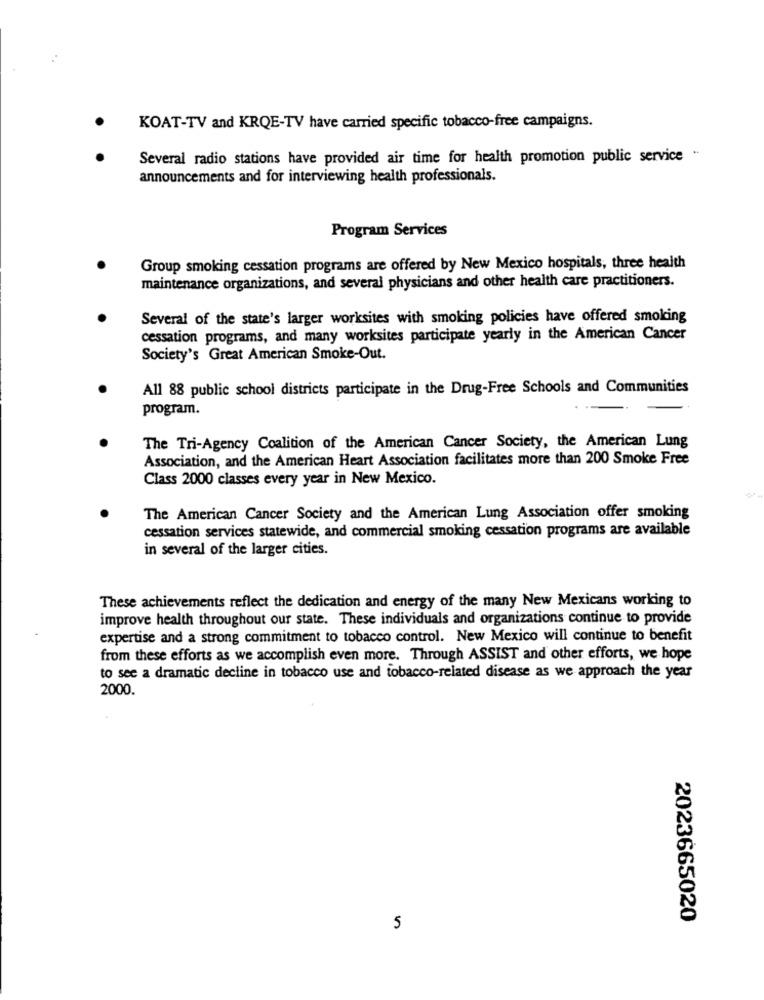
KOAT-TV and KRQE-TV have carried specific tobacco-free campaigns.
Several radio stations have provided air time for health promotion public service "
announcements and for interviewing health professionals.
Program Services
Group smoking cessation programs are offered by New Mexico hospitals, three health
maintenance organizations, and several physicians and other health care practitioners.
Several of the state's larger worksites with smoking policies have offered smoking
cessation programs, and many worksites participate yearly in the American Cancer
Society's Great American Smoke-Out.
All 88 public school districts participate in the Drug-Free Schools and Communities
program.
The Tri-Agency Coalition of the American Cancer Society, the American Lung
Association, and the American Heart Association facilitates more than 200 Smoke Free
Class 2000 classes every year in New Mexico.
The American Cancer Society and the American Lung Association offer smoking
cessation services statewide, and commercial smoking cessation programs are available
in several of the larger cities.
These achievements reflect the dedication and energy of the many New Mexicans working to
improve health throughout our state. These individuals and organizations continue to provide
expertise and a strong commitment to tobacco control. New Mexico will continue to benefit
from these efforts as we accomplish even more. Through ASSIST and other efforts, we hope
to see a dramatic decline in tobacco use and tobacco-related disease as we approach the year
2000.
2023665020
5